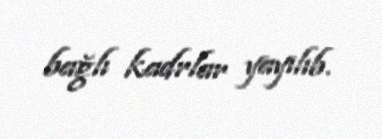
bağlı kadrlar yayılıb.